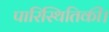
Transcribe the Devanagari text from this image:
पारिस्थितिकी।